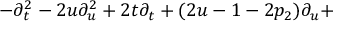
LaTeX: - \partial _ { t } ^ { 2 } - 2 u \partial _ { u } ^ { 2 } + 2 t \partial _ { t } + ( 2 u - 1 - 2 p _ { 2 } ) \partial _ { u } +